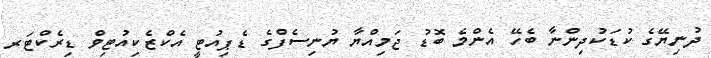
ދުނިޔޭގެ ކުޑަކުދިންނާ ބެހޭ އެންމެ ބޮޑު ޖަމިއްޔާ ޔުނިސެފްގެ ޑެޕިއުޓީ އެކްޒެކިއުޓިވް ޑިރެކްޓަރ